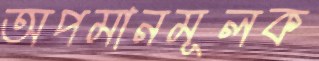
অপমানমূলক